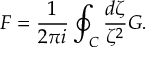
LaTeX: F = \frac { 1 } { 2 \pi i } \oint _ { C } \frac { d \zeta } { \zeta ^ { 2 } } G .